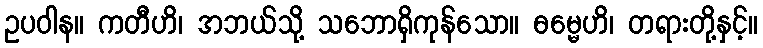
ဥပဝါန။ ကတီဟိ၊ အဘယ်သို့ သဘောရှိကုန်သော။ ဓမ္မေဟိ၊ တရားတို့နှင့်။